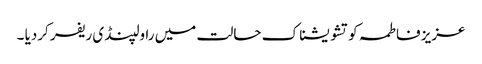
عزیز فاطمہ کو تشو یشناک حالت میں راولپنڈی ریفر کردیا ۔